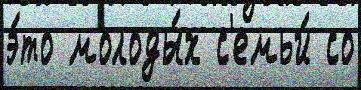
э́то молоды́х с'емьи́ со